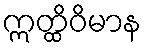
ဣတ္ထိဝိမာန